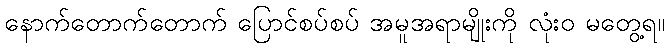
နောက်တောက်တောက် ပြောင်စပ်စပ် အမူအရာမျိုးကို လုံးဝ မတွေ့ရ။